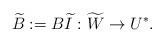
LaTeX: \begin{align*} \widetilde{B} := B\widetilde{I} : \widetilde{W} \to U^*.\end{align*}